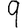
Digit: 9